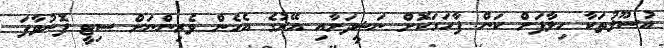
އުސޫލުތަކާ ހިލާފަށް ކަން ފާހަގަކޮށް ނަޝީދަށާއި އޭރުގެ އެހެން ވެރިންނަށް ސިޓީ ފޮނުވާފަ